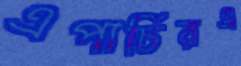
এপার্চিরএ